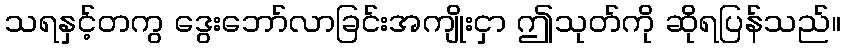
သရနှင့်တကွ ဒွေးဘော်လာခြင်းအကျိုးငှာ ဤသုတ်ကို ဆိုရပြန်သည်။